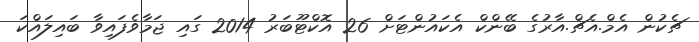
ޗެކުން އެމް.އެޗް.އާރުގެ ބޭންކް އެކައުންޓަށް 26 އޮކްޓޫބަރު 2014 ގައި ޖަމާވެފައިވާ ބައިލައްކަ